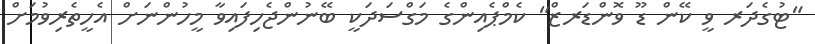
"ޓުގެދަރ ވީ ކޭން ޑޫ ވޮންޑަރޒް" ކެމްޕެއިންގެ މަގްސަދަކީ ބޭނުންޖެހިފައިވާ މީހުންނަށް އެހީތެރިވުމަށް